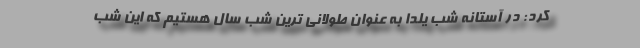
کرد: در آستانه شب یلدا به عنوان طولانی ترین شب سال هستیم که این شب